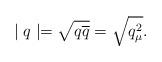
LaTeX: \begin{align*}\mid q\mid =\sqrt{q\overline{q}}=\sqrt{q_\mu ^2}. \end{align*}